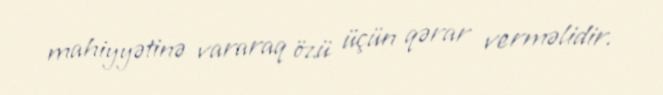
mahiyyətinə vararaq özü üçün qərar verməlidir.